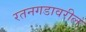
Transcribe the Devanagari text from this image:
रतनगडावरील